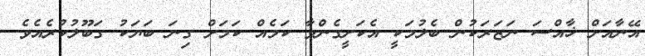
އޭނާއަށް ޚާއްސަ ނަޒަރަކުން ބެލުމަކީ އެކަށީގެންވާ ކަމެއް ކަމަށް ގިނަ ބަޔަކު ގަބޫލުކުރެއެވެ.